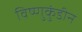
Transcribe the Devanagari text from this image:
विष्णुकुंडीन